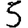
Digit: 5